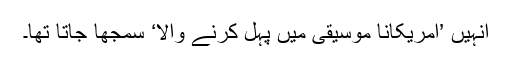
انہیں ’امریکانا موسیقی میں پہل کرنے والا‘ سمجھا جاتا تھا۔